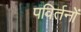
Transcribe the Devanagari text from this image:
पविर्तनों